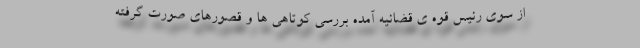
از سوی رئیس قوه ی قضائیه آمده بررسی کوتاهی ها و قصورهای صورت گرفته